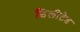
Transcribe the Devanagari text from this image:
डिलीटेड